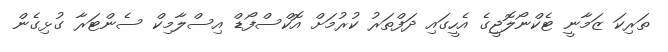
ތަރިކަ ޒަމާނީ ޓެކްނޯލޮޖީގެ އެހީގައި ދަފްތަރު ކުރުމަށް އޮކްސްފޯޑް އިސްލާމިކް ސެންޓަރާ ގުޅިގެން